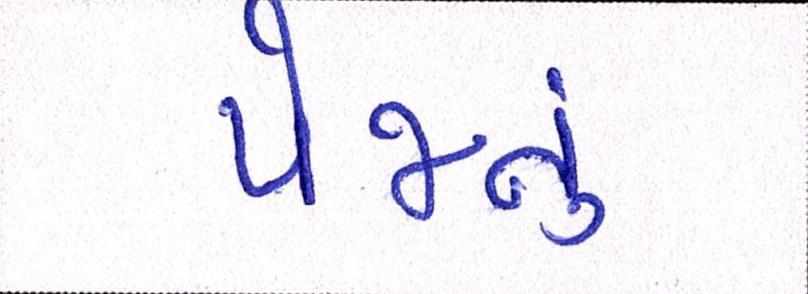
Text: પેજનું